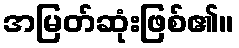
အမြတ်ဆုံးဖြစ်၏။